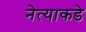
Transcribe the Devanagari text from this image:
नेत्याकडे